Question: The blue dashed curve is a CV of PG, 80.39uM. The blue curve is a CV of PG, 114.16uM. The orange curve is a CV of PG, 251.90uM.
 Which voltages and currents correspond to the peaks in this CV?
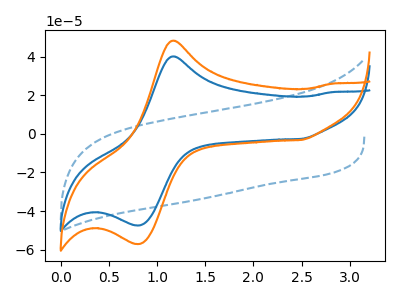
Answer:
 <answer>The blue dashed curve "PG, 80.39uM" has no peaks. The blue curve "PG, 114.16uM" has an anodic peak at (1.20V, 40.20uA) and a cathodic peak at (0.80V, -47.45uA). The orange curve "PG, 251.90uM" has an anodic peak at (1.20V, 48.40uA) and a cathodic peak at (0.80V, -57.05uA).</answer>
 <eval></eval>